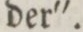
der'.